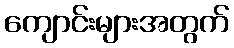
ကျောင်းများအတွက်